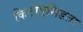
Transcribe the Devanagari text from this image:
किटोएसिडता